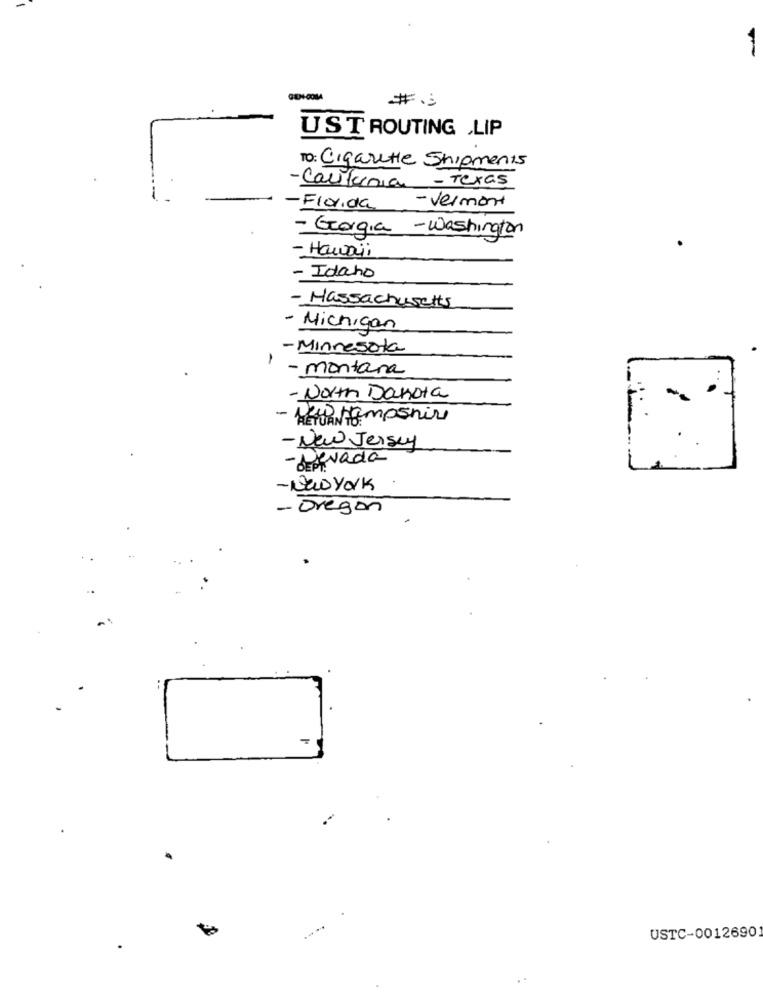
# .:
UST ROUTING .LIP
TO: Cigarette Shipments
- California - Texas
- Florida - vermont
- Georgia - Washington
- Hawaii
- Idaho
- Massachusetts
- Michigan
-Minnesota
1
- montana
- North Dakota
- New Jersey
- bravada
- Newyork
- Oregon
USTC-0012690